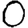
Digit: 0